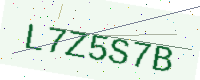
Text: L7Z5S7B